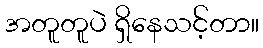
အတူတူပဲ ရှိနေသင့်တာ။